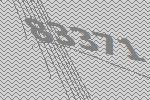
83371